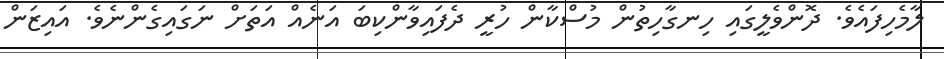
ލާމެހިފައެވެ. ދޮންވެލީގައި ހިނގާހިތުން މުސްކާން ހުރީ ދެފައިވާންކިބަ އަނެއް އަތަށް ނަގައިގެންނެވެ. އައިޒަން